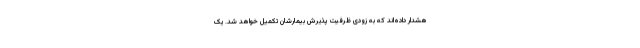
هشدار داده‌اند که به زودی ظرفیت پذیرش بیمارشان تکمیل خواهد شد. یک